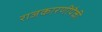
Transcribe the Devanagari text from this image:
राजकारणींपैकी